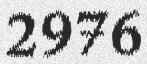
2976